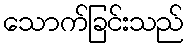
သောက်ခြင်းသည်